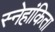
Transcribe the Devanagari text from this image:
स्नेहांकिता